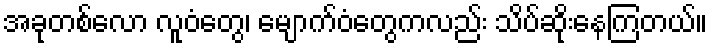
အခုတစ်လော လူဝံတွေ၊ မျောက်ဝံတွေကလည်း သိပ်ဆိုးနေကြတယ်။